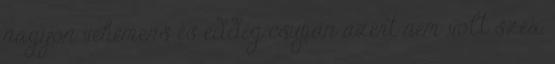
nagyon vehemens és eddig csupán azért nem volt szex,